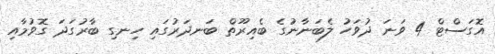
އޮގަސްޓް 4 ވަނަ ދުވަހު ލެބަނާނުގެ ބެއިރޫތް ބަނދަރުގައި ހިނގި ބާރުގަދަ ގޮވުމާއި